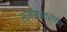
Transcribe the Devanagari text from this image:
सामन्तवर्गीय